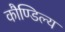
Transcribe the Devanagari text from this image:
कौण्डिल्य